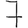
Digit: 7